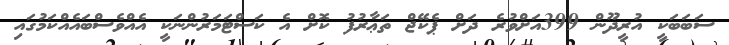
ސަބަބަކީ އުރީދޫން 399އަށްވުރެ ދަށް ޕެކޭޖް ތަޢާރުފު ކޮށް އެ ކަސްޓަމަރުންނަކީ އެއްވެސްބައެއްކަމުގައި